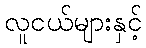
လူငယ်များနှင့်